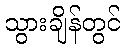
သွားချိန်တွင်